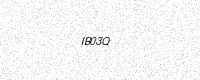
Text: IB03Q